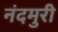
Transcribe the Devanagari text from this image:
नंदमुरी